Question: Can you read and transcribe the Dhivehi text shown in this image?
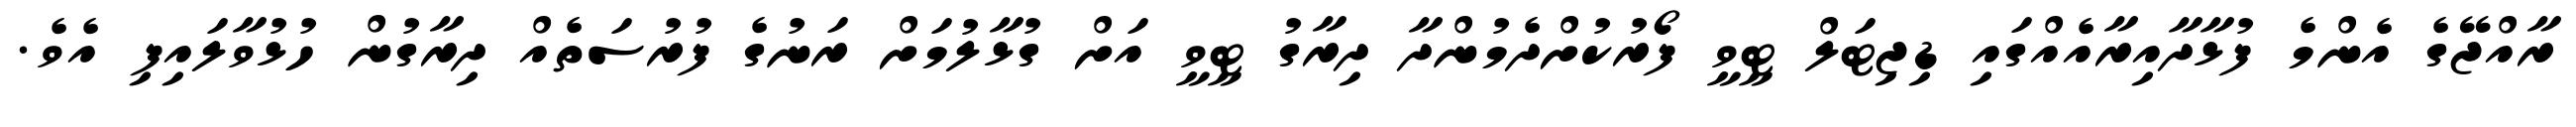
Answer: ރާއްޖޭގެ އެންމެ ފުޅާދާއިރާއެއްގައި ޑިޖިޓަލް ޓީވީ ފޯރުކުށްދެމުންދާ ދިރާގު ޓީވީ އަށް ގުޅާލުމަށް ރަނުގެ ފުރުސަތެއް ދިރާގުން ހުޅުވާލައިފި އެވެ.